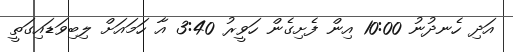
އަދި ހެނދުނު 10:00 އިން ފެށިގެން ހަވީރު 3:40 އާ ހަމައަށް ލިބިވަޑައިގަތީ